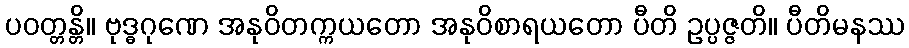
ပဝတ္တန္တိ။ ဗုဒ္ဓဂုဏေ အနုဝိတက္ကယတော အနုဝိစာရယတော ပီတိ ဥပ္ပဇ္ဇတိ။ ပီတိမနဿ